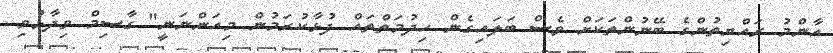
އާންމު ރައްޔިތުންގެ ބޭނުންތަކަށް ވެސް ބަލައިގެން ހިދުމަތްތައް ފުޅާކުރަމުން މިއަންނަނީ" ގާސިމް ވިދާޅުވި